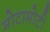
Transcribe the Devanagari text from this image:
मोटामोटी